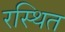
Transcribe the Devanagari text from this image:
रस्थित